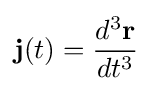
\mathbf {j} (t)={\frac {d^{3}\mathbf {r} }{dt^{3}}}